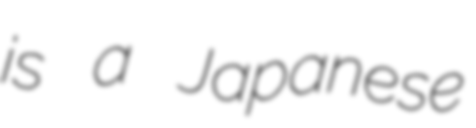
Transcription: is a Japanese